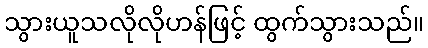
သွားယူသလိုလိုဟန်ဖြင့် ထွက်သွားသည်။